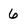
Character: 6